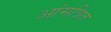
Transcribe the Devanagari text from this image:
आंमत्रित